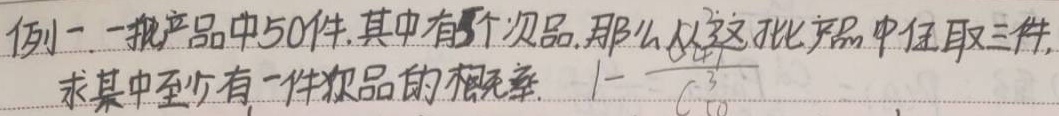
例一：一批产品中50件，其中有5个次品，那么从这批产品中任取三件，求其中至少有一件次品的概率。

\(1-\frac{C_{45}^{3}}{C_{50}^{3}}\)